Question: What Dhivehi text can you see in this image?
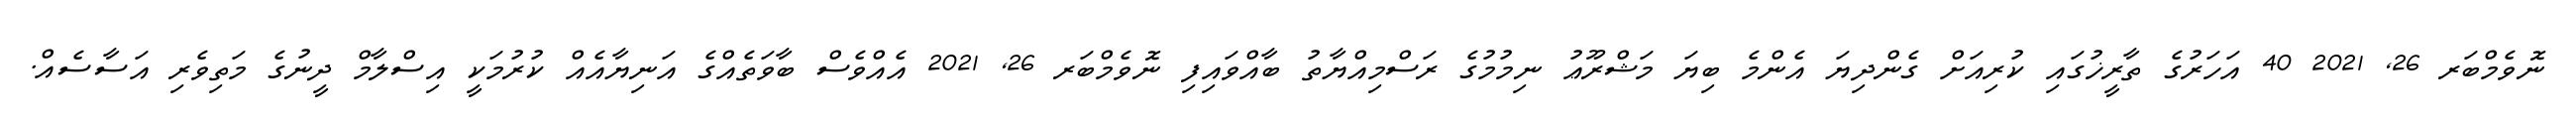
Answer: ނޮވެމްބަރ 26, 2021 40 އަހަރުގެ ތާރީޚުގައި ކުރިއަށް ގެންދިޔަ އެންމެ ބިޔަ މަޝްރޫޢު ނިމުމުގެ ރަސްމިއްޔާތު ބާއްވައިފި ނޮވެމްބަރ 26, 2021 އެއްވެސް ބާވަތެއްގެ އަނިޔާއެއް ކުރުމަކީ އިސްލާމް ދީނުގެ މަތިވެރި އަސާސެއް.